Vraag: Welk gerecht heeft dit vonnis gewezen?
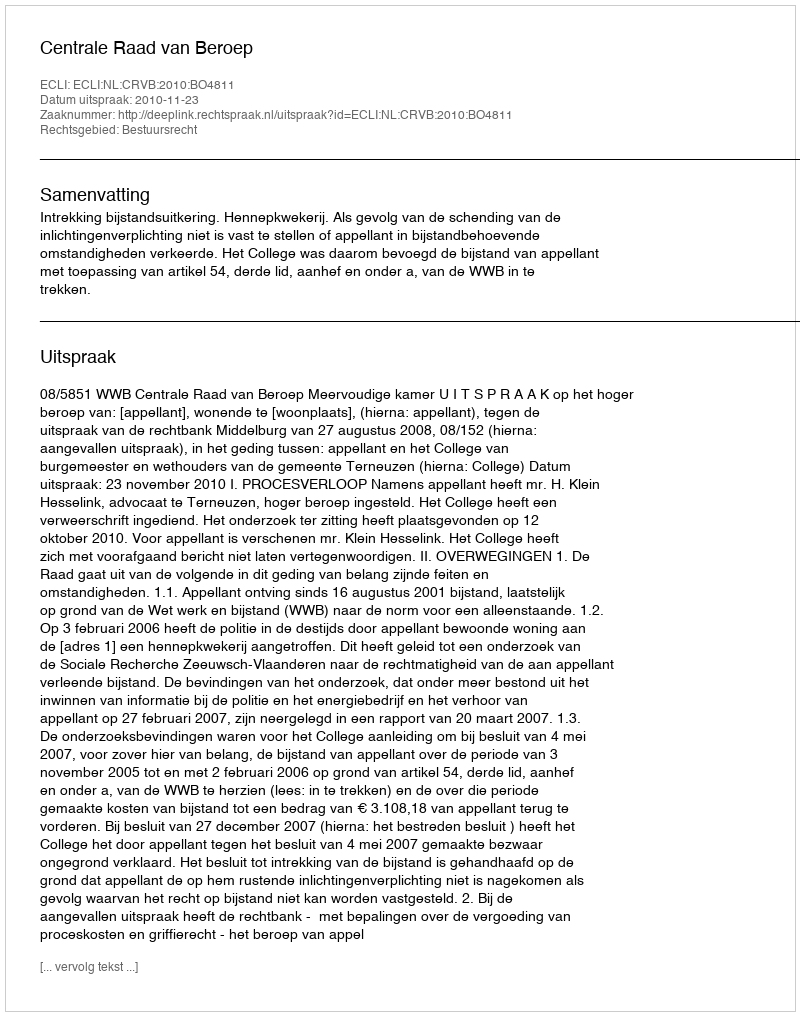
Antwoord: Centrale Raad van Beroep